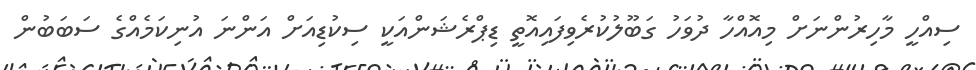
ސިއްހީ މާހިރުންނަށް މިއޮއްހާ ދުވަހު ގަބޫލުކުރެވިފައިއޮތީ ޑިޕްރެޝަންއަކީ ސިކުޑިއަށް އަންނަ އުނިކަމެއްގެ ސަބަބުން